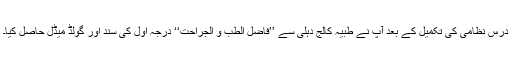
درسِ نظامی کی تکمیل کے بعد آپ نے طبیہ کالج دہلی سے ’’فاضل الطب و الجراحت‘‘ درجہ اول کی سند اور گولڈ میڈل حاصل کیا۔